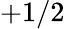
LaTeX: +1/2